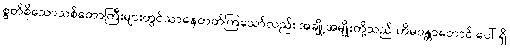
စွတ်စိုသောသစ်တောကြီးများတွင်သာနေတတ်ကြသော်လည်း အချို့အမျိုးတို့သည် ဟိမဝန္တာတောင် ပေါ် ရှိ